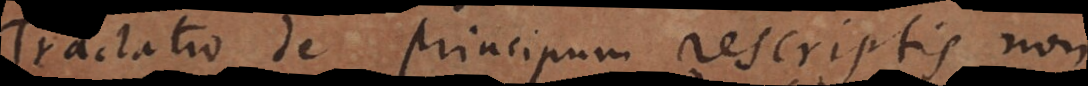
Tractatio de principum rescriptis non